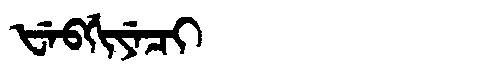
Manchu: ᡶᡝᠪᡤᡳᠶᡝᠴᡳ
Romanization: FEBGIYECI